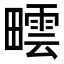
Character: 𤳟